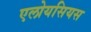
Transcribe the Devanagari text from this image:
एलोयसियस